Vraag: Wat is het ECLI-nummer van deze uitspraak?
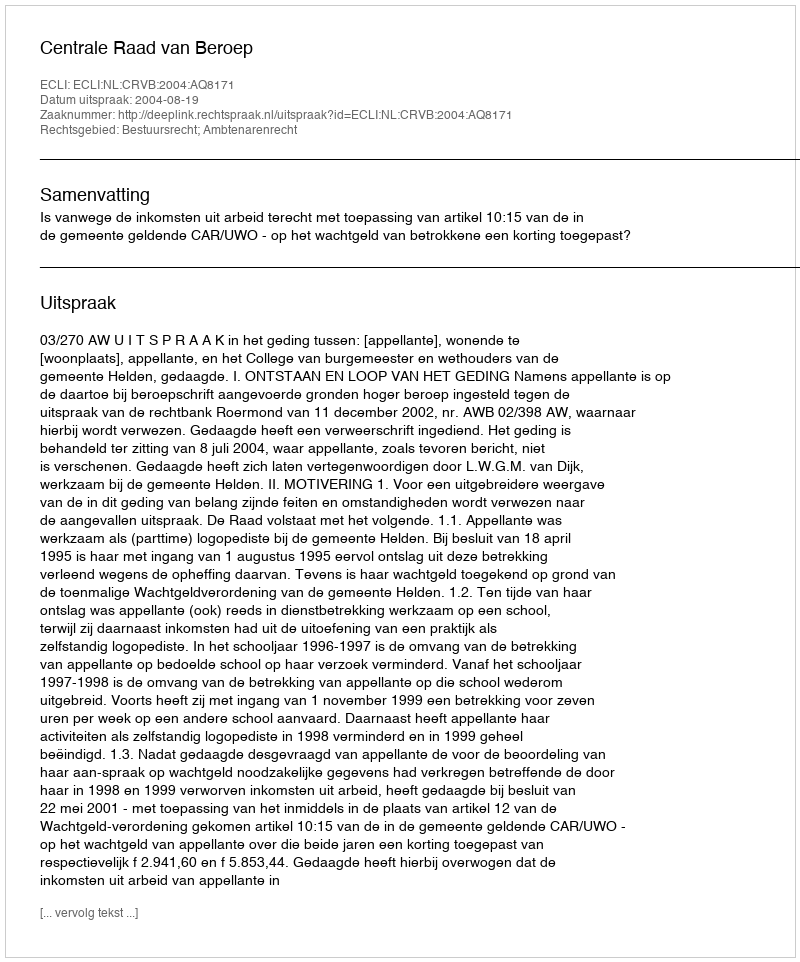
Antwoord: ECLI:NL:CRVB:2004:AQ8171